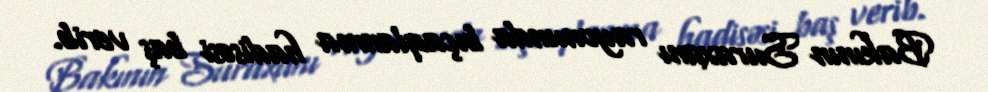
Bakının Suraxanı rayonunda bıçaqlanma hadisəsi baş verib.